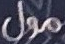
مول